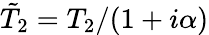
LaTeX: \tilde{T}_{2}=T_{2}/(1+i\alpha)